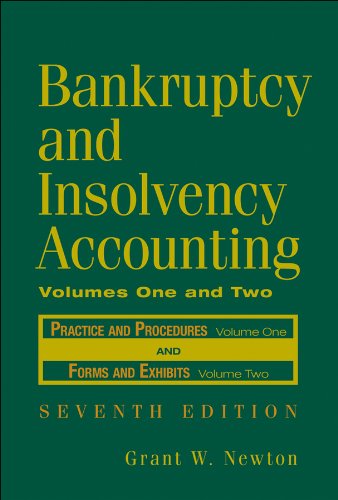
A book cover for Bankruptcy and Insolvency Accounting, Two Volume Set (v. 1 & 2); Grant W. Newton; Business & Money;